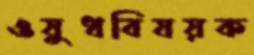
ওষুধবিষয়ক